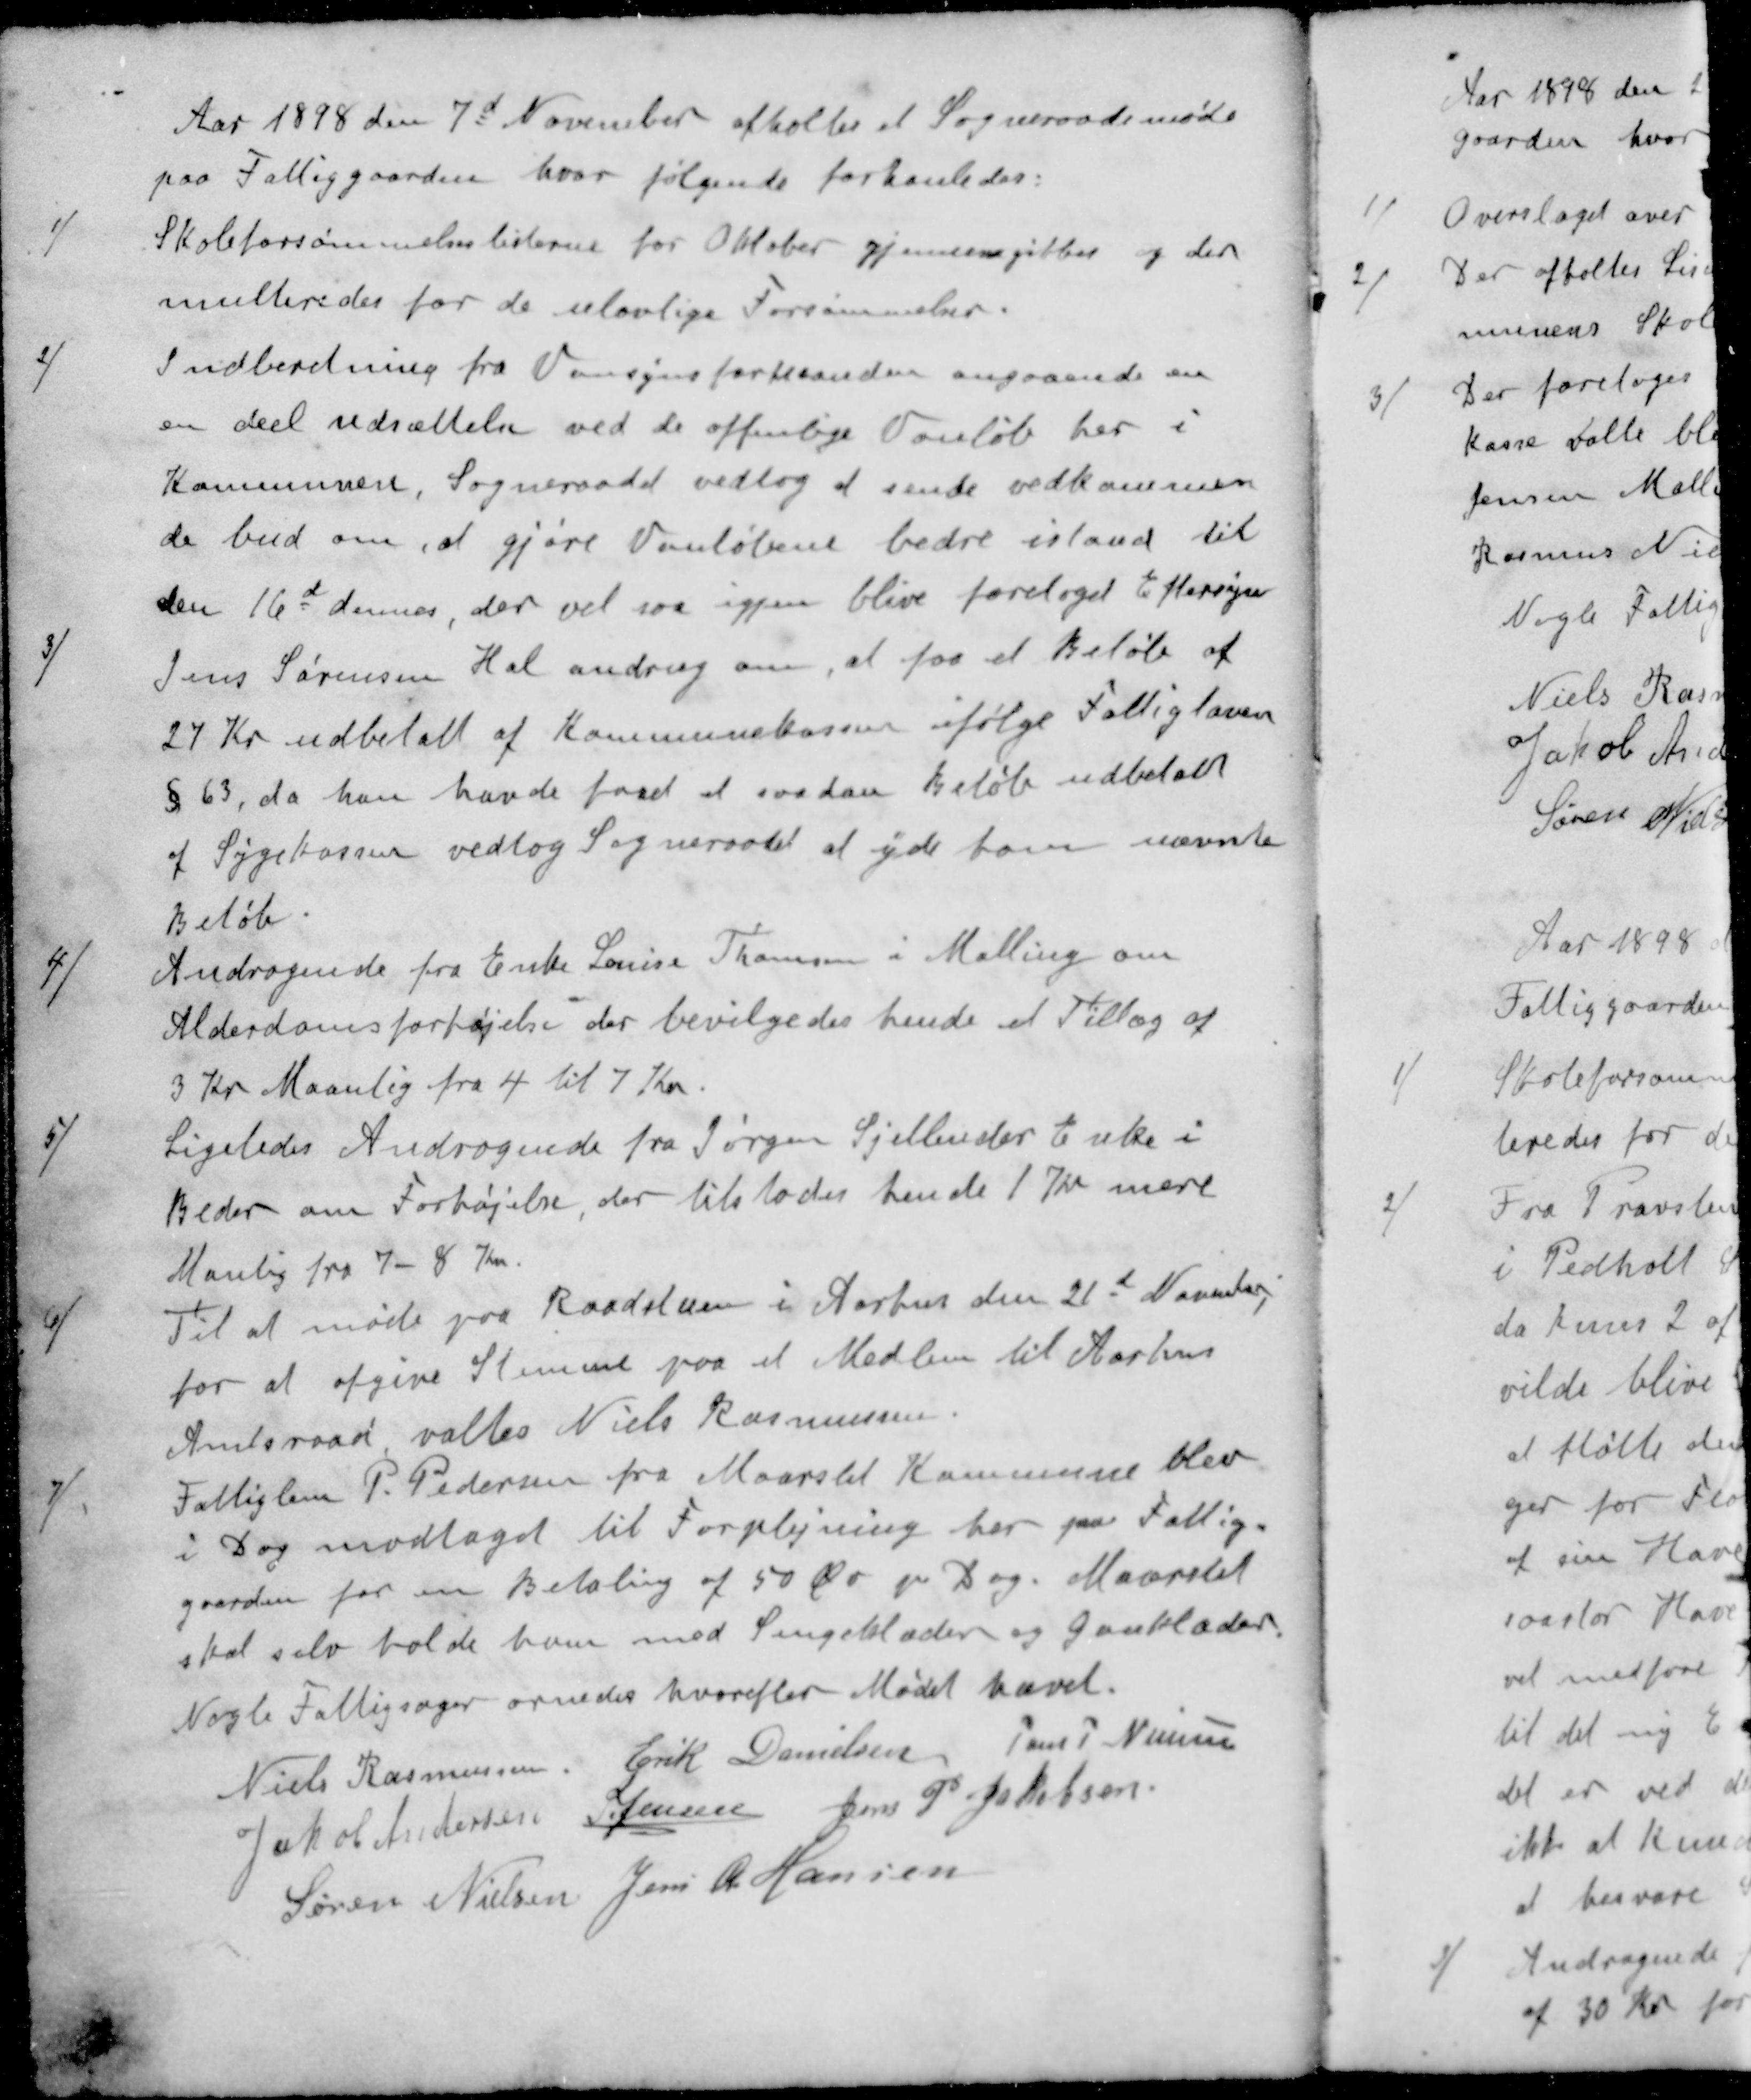
Transskription:
Aar 1898 den 7d November afholtes et Sogneraadsmøde
paa Fattiggaarden hvor følgende forhanledes:
1/ Skoleforsømmelseslisterne for Oktober gjennemgikkes og der
multeredes for de ulovlige Forsømmelser.
2/ Indberetning fra Vansynsformanden angaaende en
en deel udsættelse ved de offenlige Vanløb her i
Kommunen. Sogneraadet vedtog at sende vedkommen
de bud om, at gjøre Vanløbene bedre istand til
den 16d dennes, der vil saa igjen blive foretoget Eftersyn
3/ Jens Sørensen Hal androg om, at faa et Beløb af
24 Kr udbetalt af Kommunekassen ifølge Fattigloven
§ 63, da han havde faaet at saadan Beløb udbetalt
af Sygekassen vedtog Sogneraadet at yde ham nævnte
Beløb.
4/ Andragende fra Enke Louise Thomsen i Malling om
Alderdomsforhøjelse der bevilgedes hende et Tillæg af
3 Kr Maanlig fra 4 til 7 Kr.
5/ Ligeledes Andragende fra Jørgen Sjellender Enke i
Beder om Forhøjelse, der tilstodes hende 1 Kr mere
Manlig fra 7 - 8 Kr.
6/ Til at møde paa Raadstuen i Aarhus den 21d November
for at afgive Stemme paa et Medlem til Aarhus
Amtsraad valtes Niels Rasmussen.
7/ Fattiglem P. Pedersen fra Maarslet Kommune blev
i Dag modtaget til Forplejning her paa Fattig-
gaarden for en Betaling af 50 Øre pr. Dag. Maarslet
skal selv holde ham med Sengeklæder og gaaklæder.
Nogle Fattigsager ornedes hvorefter Mødet hævet.
Niels Rasmussen
Erik Danielsen
Jens P Nielsen
Jakob Andersen
S Jensen
Jens P. Jakobsen
Søren Nielsen
Jens R Hansen